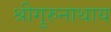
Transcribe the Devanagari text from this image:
श्रीगुरुनाथाय